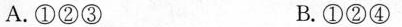
A.①②③ B.①②④